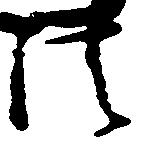
法